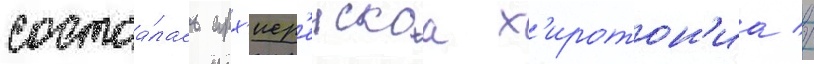
состоа́лась арх'иер'еискаа х'иротон'иа //